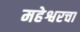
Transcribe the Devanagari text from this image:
महेश्वरचा